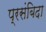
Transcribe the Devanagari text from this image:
प्रसंबिदा